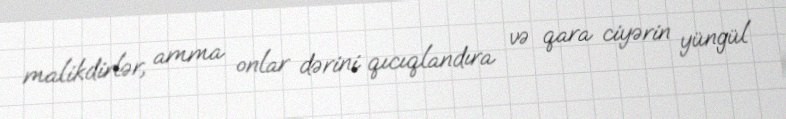
malikdirlər, amma onlar dərini qıcıqlandıra və qara ciyərin yüngül